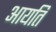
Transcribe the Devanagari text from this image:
आयति